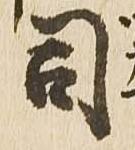
司